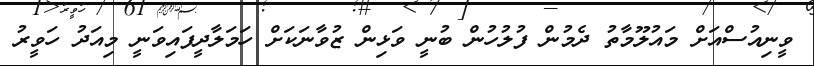
ވީނިއުސްއަށް މައުލޫމާތު ދެމުން ފުލުހުން ބުނީ ވަޅިން ޒުވާނަކަށް ހަމަލާދީފައިވަނީ މިއަދު ހަވީރު